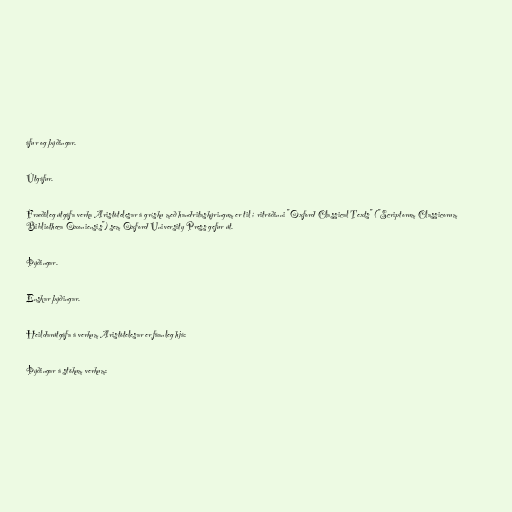
áfur og þýðingar.

Útgáfur.

Fræðileg útgáfa verka Aristótelesar á grísku með handritaskýringum er til í ritröðinni "Oxford Classical Texts" ("Scriptorum Classicorum
Bibliotheca Oxoniensis") sem Oxford University Press gefur út.

Þýðingar.

Enskar þýðingar.

Heildarútgáfa á verkum Aristótelesar er fáanleg hjá:

Þýðingar á stökum verkum: